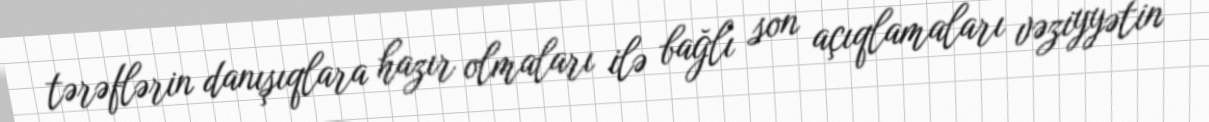
tərəflərin danışıqlara hazır olmaları ilə bağlı son açıqlamaları vəziyyətin